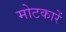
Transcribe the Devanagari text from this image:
मोटकारें